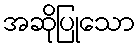
အဆိုပြုသော